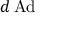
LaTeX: d \operatorname { A d }